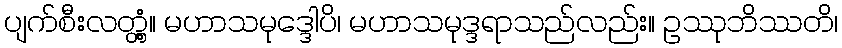
ပျက်စီးလတ္တံ့။ မဟာသမုဒ္ဒေါပိ၊ မဟာသမုဒ္ဒရာသည်လည်း။ ဥဿုဘိဿတိ၊